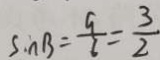
\sin B = \frac { 9 } { 6 } = \frac { 3 } { 2 }